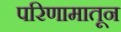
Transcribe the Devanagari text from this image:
परिणामातून